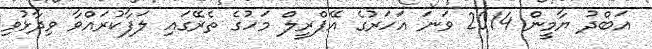
އަބްދު ޔާމީން 2014 ވަަނަ އަހަރުގެ އޭޕްރީލް މަހުގެ ތެރޭގައި ލަފާކުރައްވާ ވިދާޅުވި